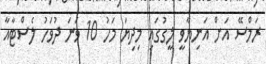
ރަމްސޭ އަށް އަނިޔާވީ ލީގުގައި މިދިޔަ މަހު 10 ވަނަ ދުވަހު ލެސްޓާއާ